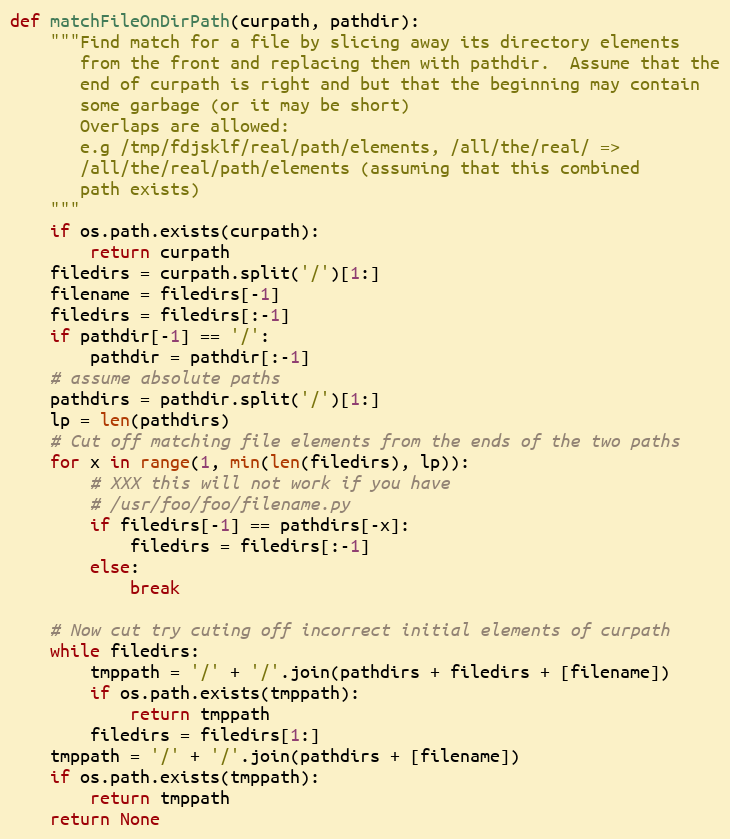
Language: Python
def matchFileOnDirPath(curpath, pathdir):
    """Find match for a file by slicing away its directory elements
       from the front and replacing them with pathdir.  Assume that the
       end of curpath is right and but that the beginning may contain
       some garbage (or it may be short)
       Overlaps are allowed:
       e.g /tmp/fdjsklf/real/path/elements, /all/the/real/ =>
       /all/the/real/path/elements (assuming that this combined
       path exists)
    """
    if os.path.exists(curpath):
        return curpath
    filedirs = curpath.split('/')[1:]
    filename = filedirs[-1]
    filedirs = filedirs[:-1]
    if pathdir[-1] == '/':
        pathdir = pathdir[:-1]
    # assume absolute paths
    pathdirs = pathdir.split('/')[1:]
    lp = len(pathdirs)
    # Cut off matching file elements from the ends of the two paths
    for x in range(1, min(len(filedirs), lp)):
        # XXX this will not work if you have
        # /usr/foo/foo/filename.py
        if filedirs[-1] == pathdirs[-x]:
            filedirs = filedirs[:-1]
        else:
            break

    # Now cut try cuting off incorrect initial elements of curpath
    while filedirs:
        tmppath = '/' + '/'.join(pathdirs + filedirs + [filename])
        if os.path.exists(tmppath):
            return tmppath
        filedirs = filedirs[1:]
    tmppath = '/' + '/'.join(pathdirs + [filename])
    if os.path.exists(tmppath):
        return tmppath
    return None